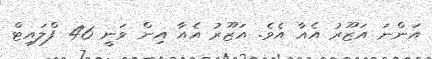
އަންނަ އަޒޫރު އެއާ އެވެ. އަޒޫރު އެއާ އިން ވަނީ 46 ފްލައިޓް